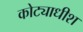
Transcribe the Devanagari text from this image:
कोट्याधीश